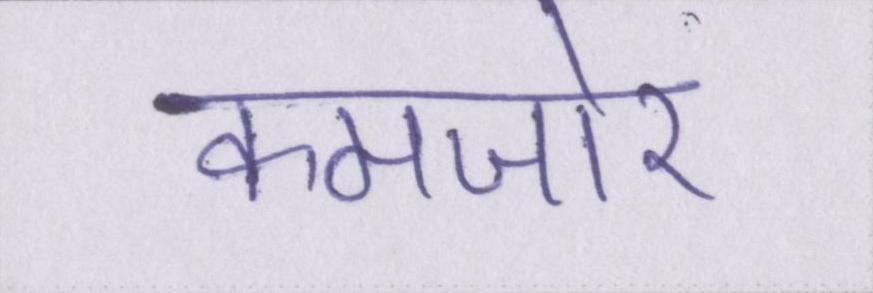
कमजोर